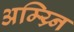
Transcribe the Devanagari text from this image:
अम्य्र्नि